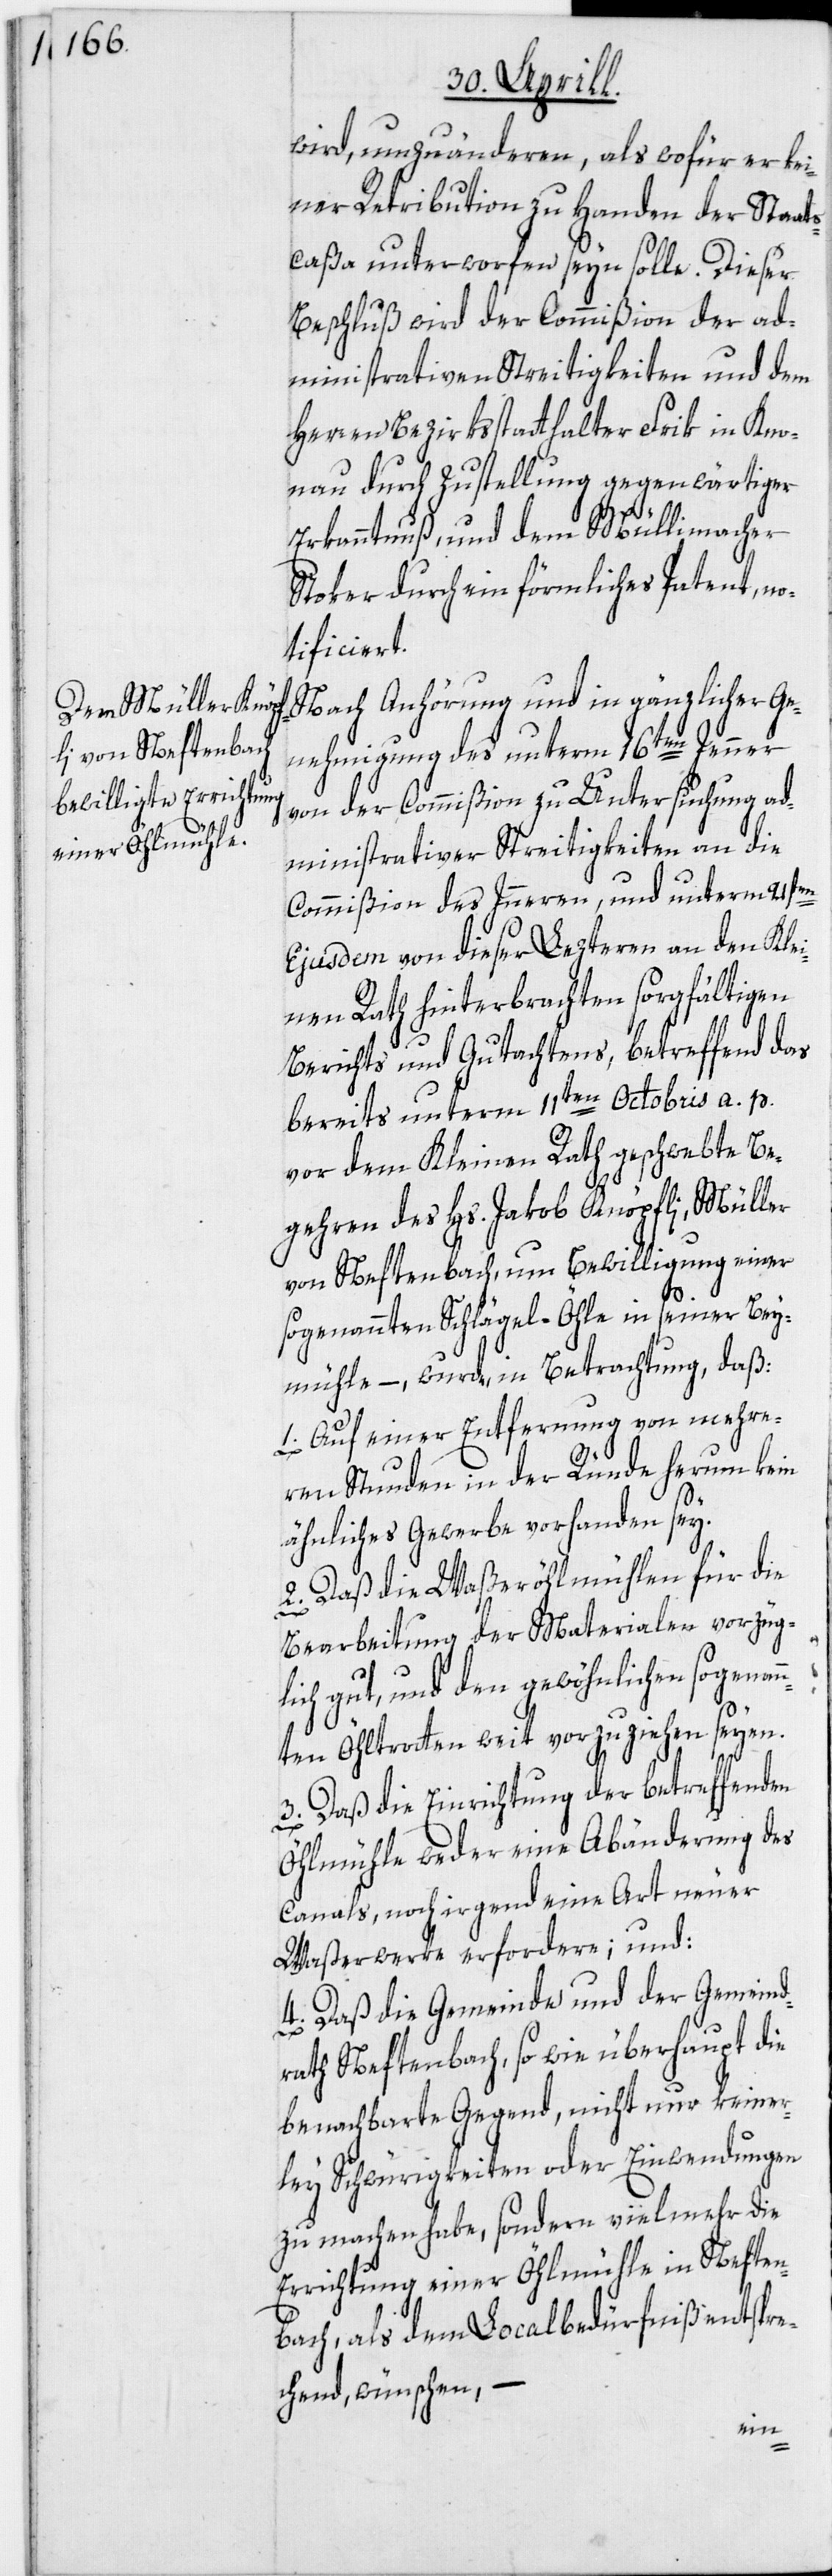
wird, umzuänderen, als wofür er kei¬
ner Retribution zu Handen der Staat¬
scaßa unterworfen seyn solle. Dieser
Beschluß wird der Commißion der ad¬
ministrativen Streitigkeiten und dem
Herren Bezirksstatthalter Frik in Kno¬
nau durch Zustellung gegenwärtiger
Erkanntnuß, und dem Müllimacher
Stoker durch ein förmliches Patent, no¬
tificiert.
Nach Anhörung und in gänzlicher Ge¬
nehmigung des unterm 16ten Jenner
von der Commißion zu Untersuchung ad¬
ministrativer Streitigkeiten an die
Commißion des Inneren, und unterm 21sten
Ejusdem von dieser Lezteren an den Kle¬
inen Rath hinterbrachten sorgfältigen
Berichts und Gutachtens, betreffend das
bereits unterm 11ten Octobris a. p.
vor dem Kleinen Rath geschwebte Be¬
gehren des Hs. Jakob Knöpfli, Müller
von Neftenbach, um Bewilligung einer
sogenannten Schlägel-Öhle in seiner Bey¬
mühle –, wurde, in Betrachtung, daß:
1. Auf einer Entfernung von mehre¬
ren Stunden in der Ründe herum kein
ähnliches Gewerbe vorhanden sey.
2. Daß die Waßeröhlmühlen für die
Bearbeitung der Materialen vorzüg¬
lich gut, und den gewöhnlichen sogenan¬
nten Öhltrotten weit vorzuziehen seyen.
3. Daß die Einrichtung der betreffenden
Öhlmühle weder eine Abänderung des
Canals, noch irgend eine Art neuer
Waßerwerke erfordere; und:
4. Daß die Gemeinde und der Gemeind¬
rath Neftenbach, so wie überhaupt die
benachbarte Gegend, nicht nur keiner¬
ley Schwürigkeiten oder Einwendungen
zu machen habe, sondern vielmehr die
Errichtung einer Öhlmühle in Neften¬
bach, als dem Localbedürfniß entspre¬
chend, wünschen,